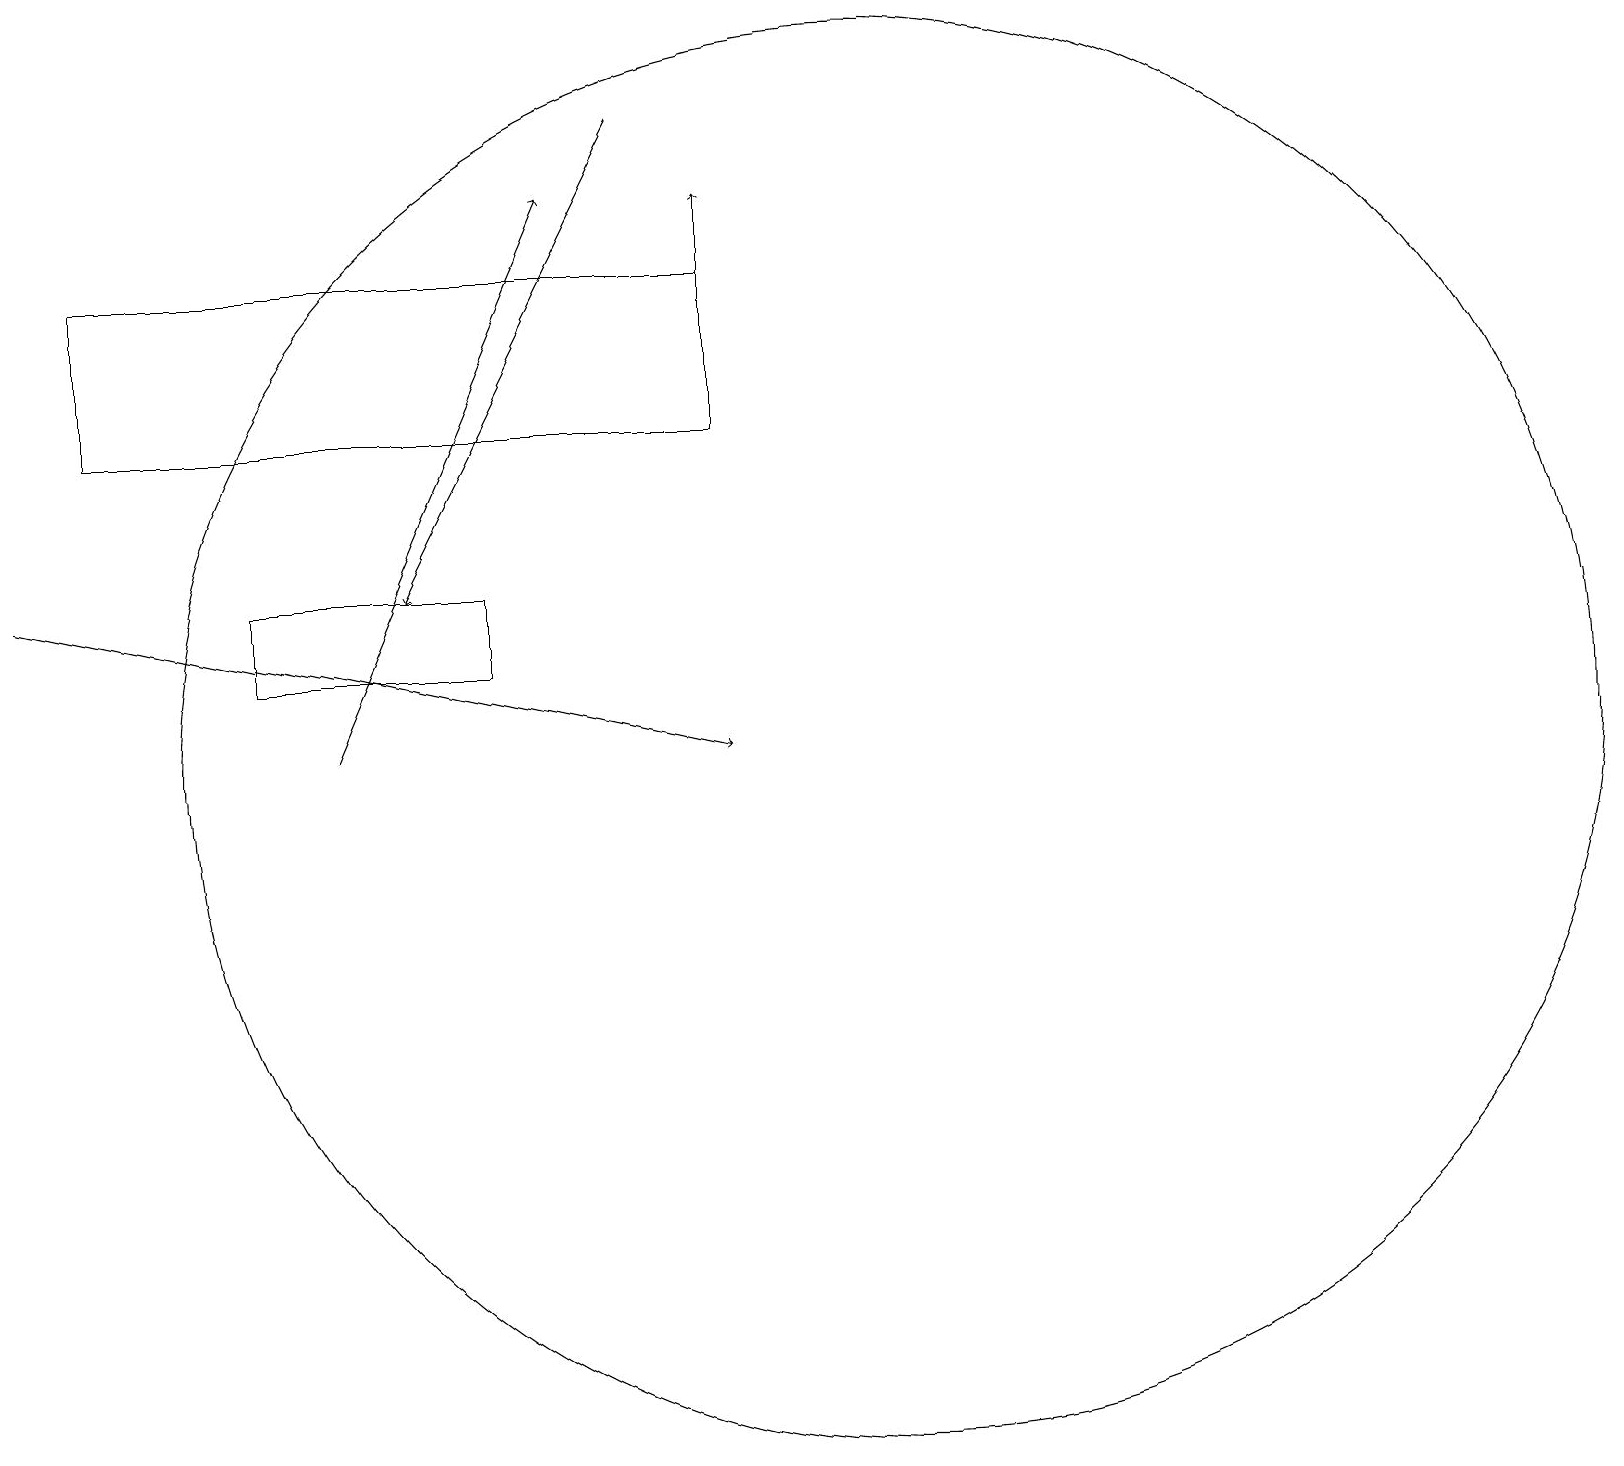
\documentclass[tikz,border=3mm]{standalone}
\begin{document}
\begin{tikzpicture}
\draw[->] (9,16) -- (9,18);
\draw (11,11) circle (9);
\draw[->] (4,11) -- (7,18);
\draw[->] (8,19) -- (5,13);
\draw[->] (0,13) -- (9,11);
\draw (6,12) rectangle (3,13);
\draw (9,15) rectangle (1,17);
\draw (11,11) circle (0);
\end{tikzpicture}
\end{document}